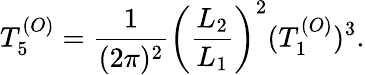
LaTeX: T_{5}^{(O)}={\frac{1}{(2\pi)^{2}}}\left({\frac{L_{2}}{L_{1}}}\right)^{2}(T_{1}^{(O)})^{3}.